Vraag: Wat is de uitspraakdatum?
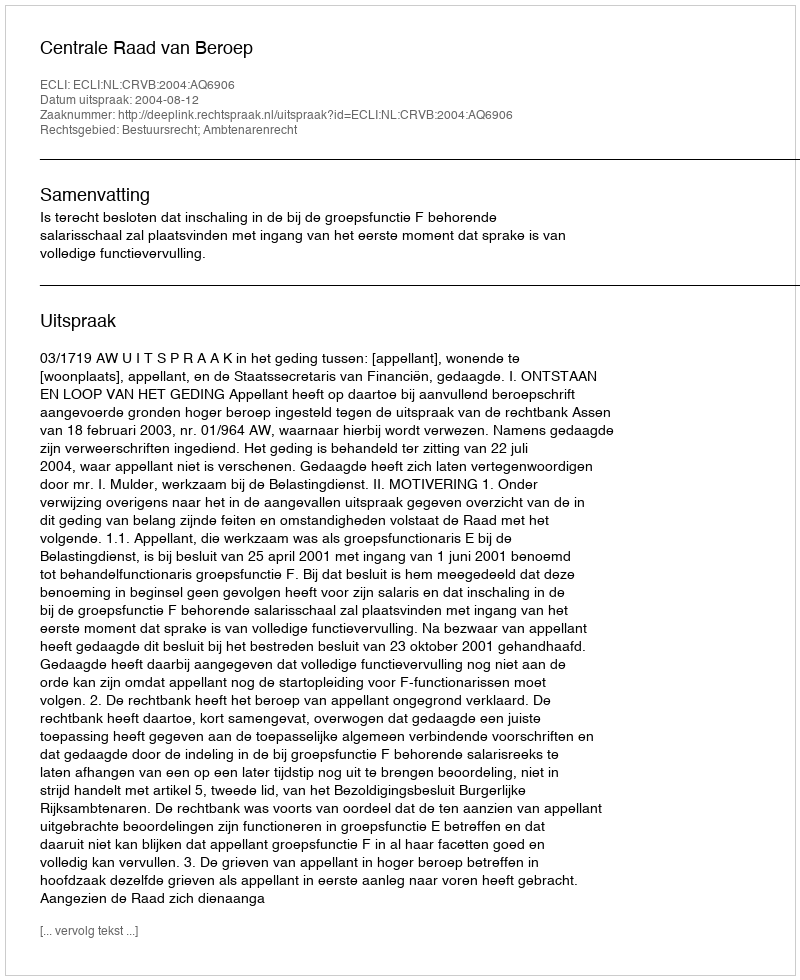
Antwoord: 2004-08-12